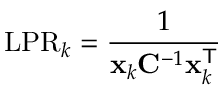
\mathrm { L P R } _ { k } = \frac { 1 } { \mathbf { x } _ { k } \mathbf { C } ^ { - 1 } \mathbf { x } _ { k } ^ { \sf T } }